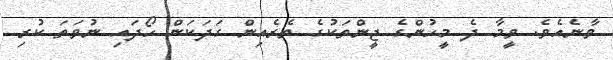
ވާނެއެވެ. ވީމާ ދެ މީހުންގެ ޖީންތަކުގެ ތެރެއިން ގަދަކަން ހޯދައި ނުވަތަ ކުރި